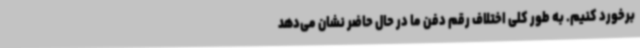
برخورد کنیم. به طور کلی اختلاف رقم دفن ما در حال حاضر نشان می‌دهد